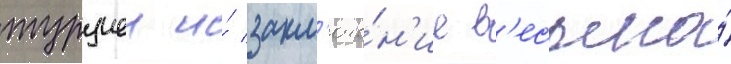
турциеи и́ закл'юче́н'ие в'есьма́